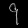
Digit: ၄